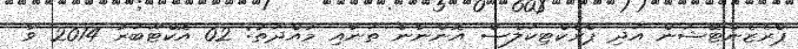
ޕްރެޒެންޓޭޝަން އަދި ޕްރެކްޓިކަލްސް އޮންނާނެ ތަނާއި މުއްދަތު: 02 އޮކްޓޫބަރު 2014 ވާ